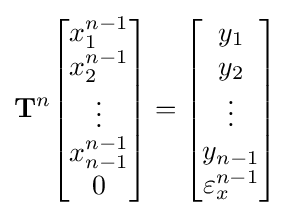
\mathbf {T} ^{n}{\begin{bmatrix}x_{1}^{n-1}\\x_{2}^{n-1}\\\vdots \\x_{n-1}^{n-1}\\0\end{bmatrix}}={\begin{bmatrix}y_{1}\\y_{2}\\\vdots \\y_{n-1}\\\varepsilon _{x}^{n-1}\end{bmatrix}}